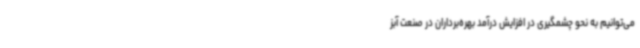
می‌توانیم به نحو چشمگیری در افزایش درآمد بهره‌برداران در صنعت آبز